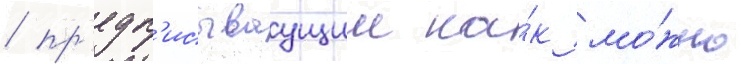
/ пр'едп'исываущии ка́к мо́жно